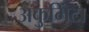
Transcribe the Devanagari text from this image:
अकुमिंटा